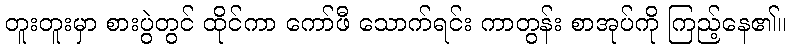
တူးတူးမှာ စားပွဲတွင် ထိုင်ကာ ကော်ဖီ သောက်ရင်း ကာတွန်း စာအုပ်ကို ကြည့်နေ၏။